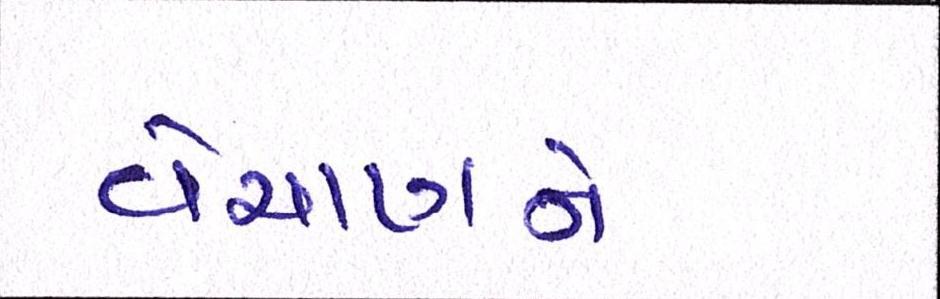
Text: વેચાણને